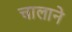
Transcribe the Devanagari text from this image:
चालाने